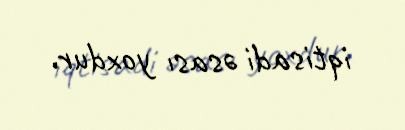
iqtisadi əsası yoxdur.